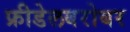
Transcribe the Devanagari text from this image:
फ्रीडेलबरोबर